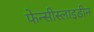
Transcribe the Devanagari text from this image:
फेन्सीस्लाइडीन